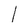
Character: l